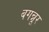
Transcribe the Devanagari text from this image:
बगन्नूर